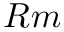
R m